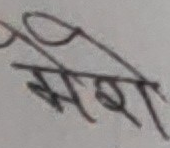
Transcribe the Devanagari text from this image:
सही